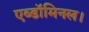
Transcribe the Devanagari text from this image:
एब्डॉमिनल।